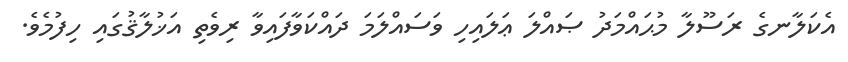
އެކަލާނގެ ރަސޫލާ މުޙައްމަދު ޞައްލަ ޢަލައިހި ވަސައްލަމަ ދައްކަވާފައިވާ ރިވެތި އަޚުލާޤުގައި ހިފުމެވެ.